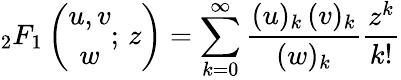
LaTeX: {{_2F_{1}}\left(\begin{array}{c}{u,v}\\ {w}\end{array};\, z\right)=\sum_{k=0}^{\infty}\frac{(u)_{k}\, (v)_{k}}{(w)_{k}}\frac{z^{k}}{k!}}